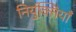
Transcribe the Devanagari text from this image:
निर्युक्तियाँ